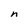
Character: n